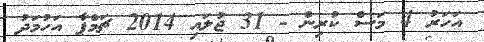
އަހަރު 4 މަސް ކުރިން - 31 ޖުލައި 2014 ޗަމްޕާ އަހުމަދު